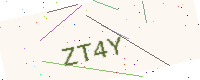
Text: ZT4Y